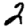
Digit: 2